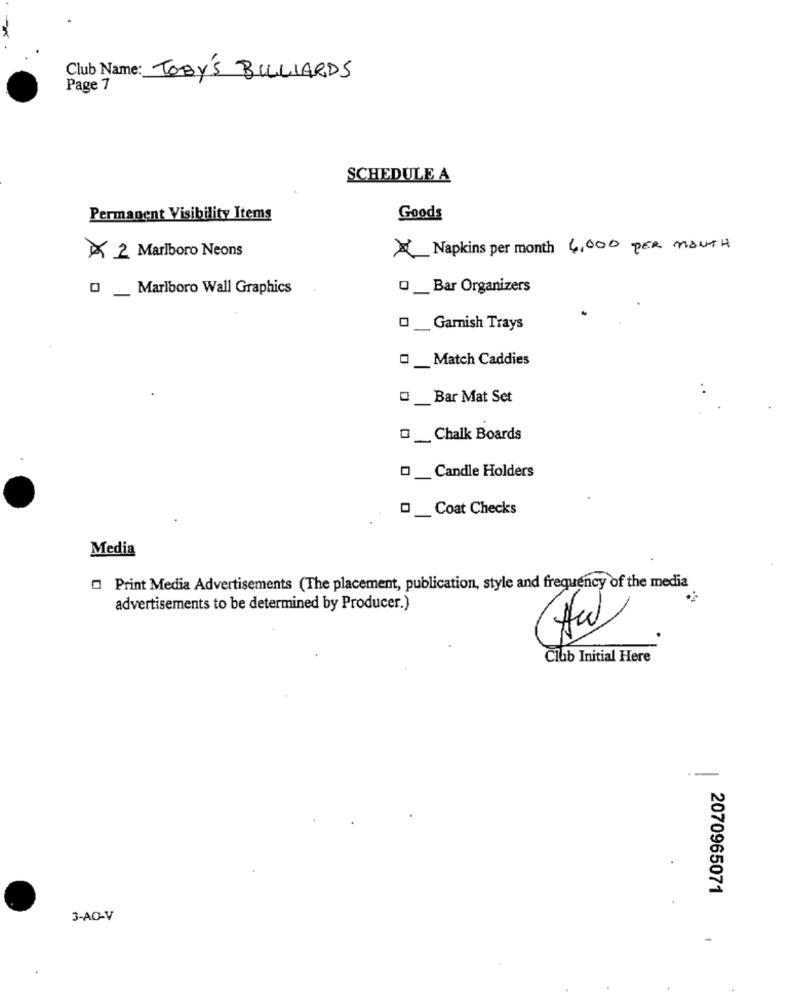
Club Name: TOBY'S BILLIARDS
Page 7
SCHEDULE A
Permanent Visibility Items
Goods
Napkins per month 4,000 PER MONTH
2 Marlboro Neons
O_ Marlboro Wall Graphics
O _ Bar Organizers
O _ Garnish Trays
Match Caddies
Bar Mat Set
_Chalk Boards
O _ Candle Holders
_ Coat Checks
Media
Print Media Advertisements (The placement, publication, style and frequency of the media
advertisements to be determined by Producer.)
Club Initial Here
-
2070965071
3-AO-V
-
+